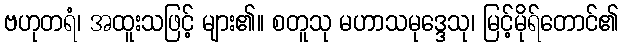
ဗဟုတရံ၊ အထူးသဖြင့် များ၏။ စတူသု မဟာသမုဒ္ဒေသု၊ မြင့်မိုရ်တောင်၏